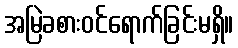
အမြဲခစားဝင်ရောက်ခြင်းမရှိ။